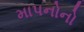
માપનોનો